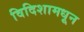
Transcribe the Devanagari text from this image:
विदिशामधून